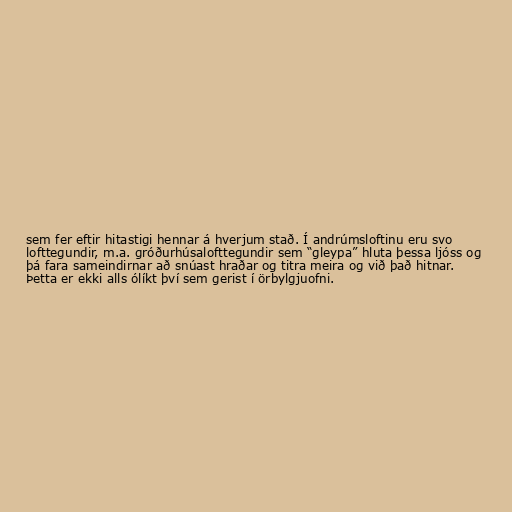
sem fer eftir hitastigi hennar á hverjum stað. Í andrúmsloftinu eru svo
lofttegundir, m.a. gróðurhúsalofttegundir sem “gleypa” hluta þessa ljóss og
þá fara sameindirnar að snúast hraðar og titra meira og við það hitnar.
Þetta er ekki alls ólíkt því sem gerist í örbylgjuofni.